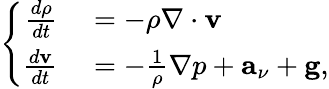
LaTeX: \left\{ \begin{array}{rl}{\frac{d\rho}{dt}}&{{}=-\rho\nabla\cdot\textbf{v}}\\ {\frac{d\textbf{v}}{dt}}&{{}=-\frac{1}{\rho}\nabla p+\textbf{a}_{\nu}+\textbf{g},}\end{array}\right.